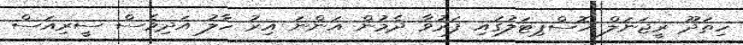
ހިތަދޫ ރީޖަނަލް ހޮސްޕިޓަލުގައި ފަރުވާ ދެމުން އަންނަ އިރު ހާލު އަދިވެސް ސީރިއަސް